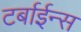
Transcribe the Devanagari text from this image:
टर्बाईन्स